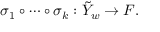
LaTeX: \sigma _ { 1 } \circ \cdots \circ \sigma _ { k } : \tilde { Y } _ { w } \rightarrow F .